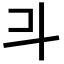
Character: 𣁬